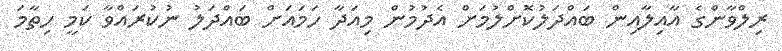
ރިލްވާންގެ އާއިލާއިން ބައްދަލުކޮށްލުމަށް އެދުމުން މިއަދާ ހަމައަށް ބައްދަލު ނުކުރައްވާ ކަމީ ހިތާމަ